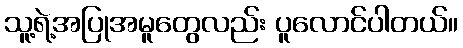
သူ့ရဲ့အပြုအမူတွေလည်း ပူလောင်ပါတယ်။